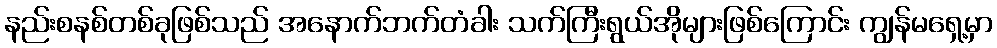
နည်းစနစ်တစ်ခုဖြစ်သည် အနောက်ဘက်တံခါး သက်ကြီးရွယ်အိုများဖြစ်ကြောင်း ကျွန်မရှေ့မှာ